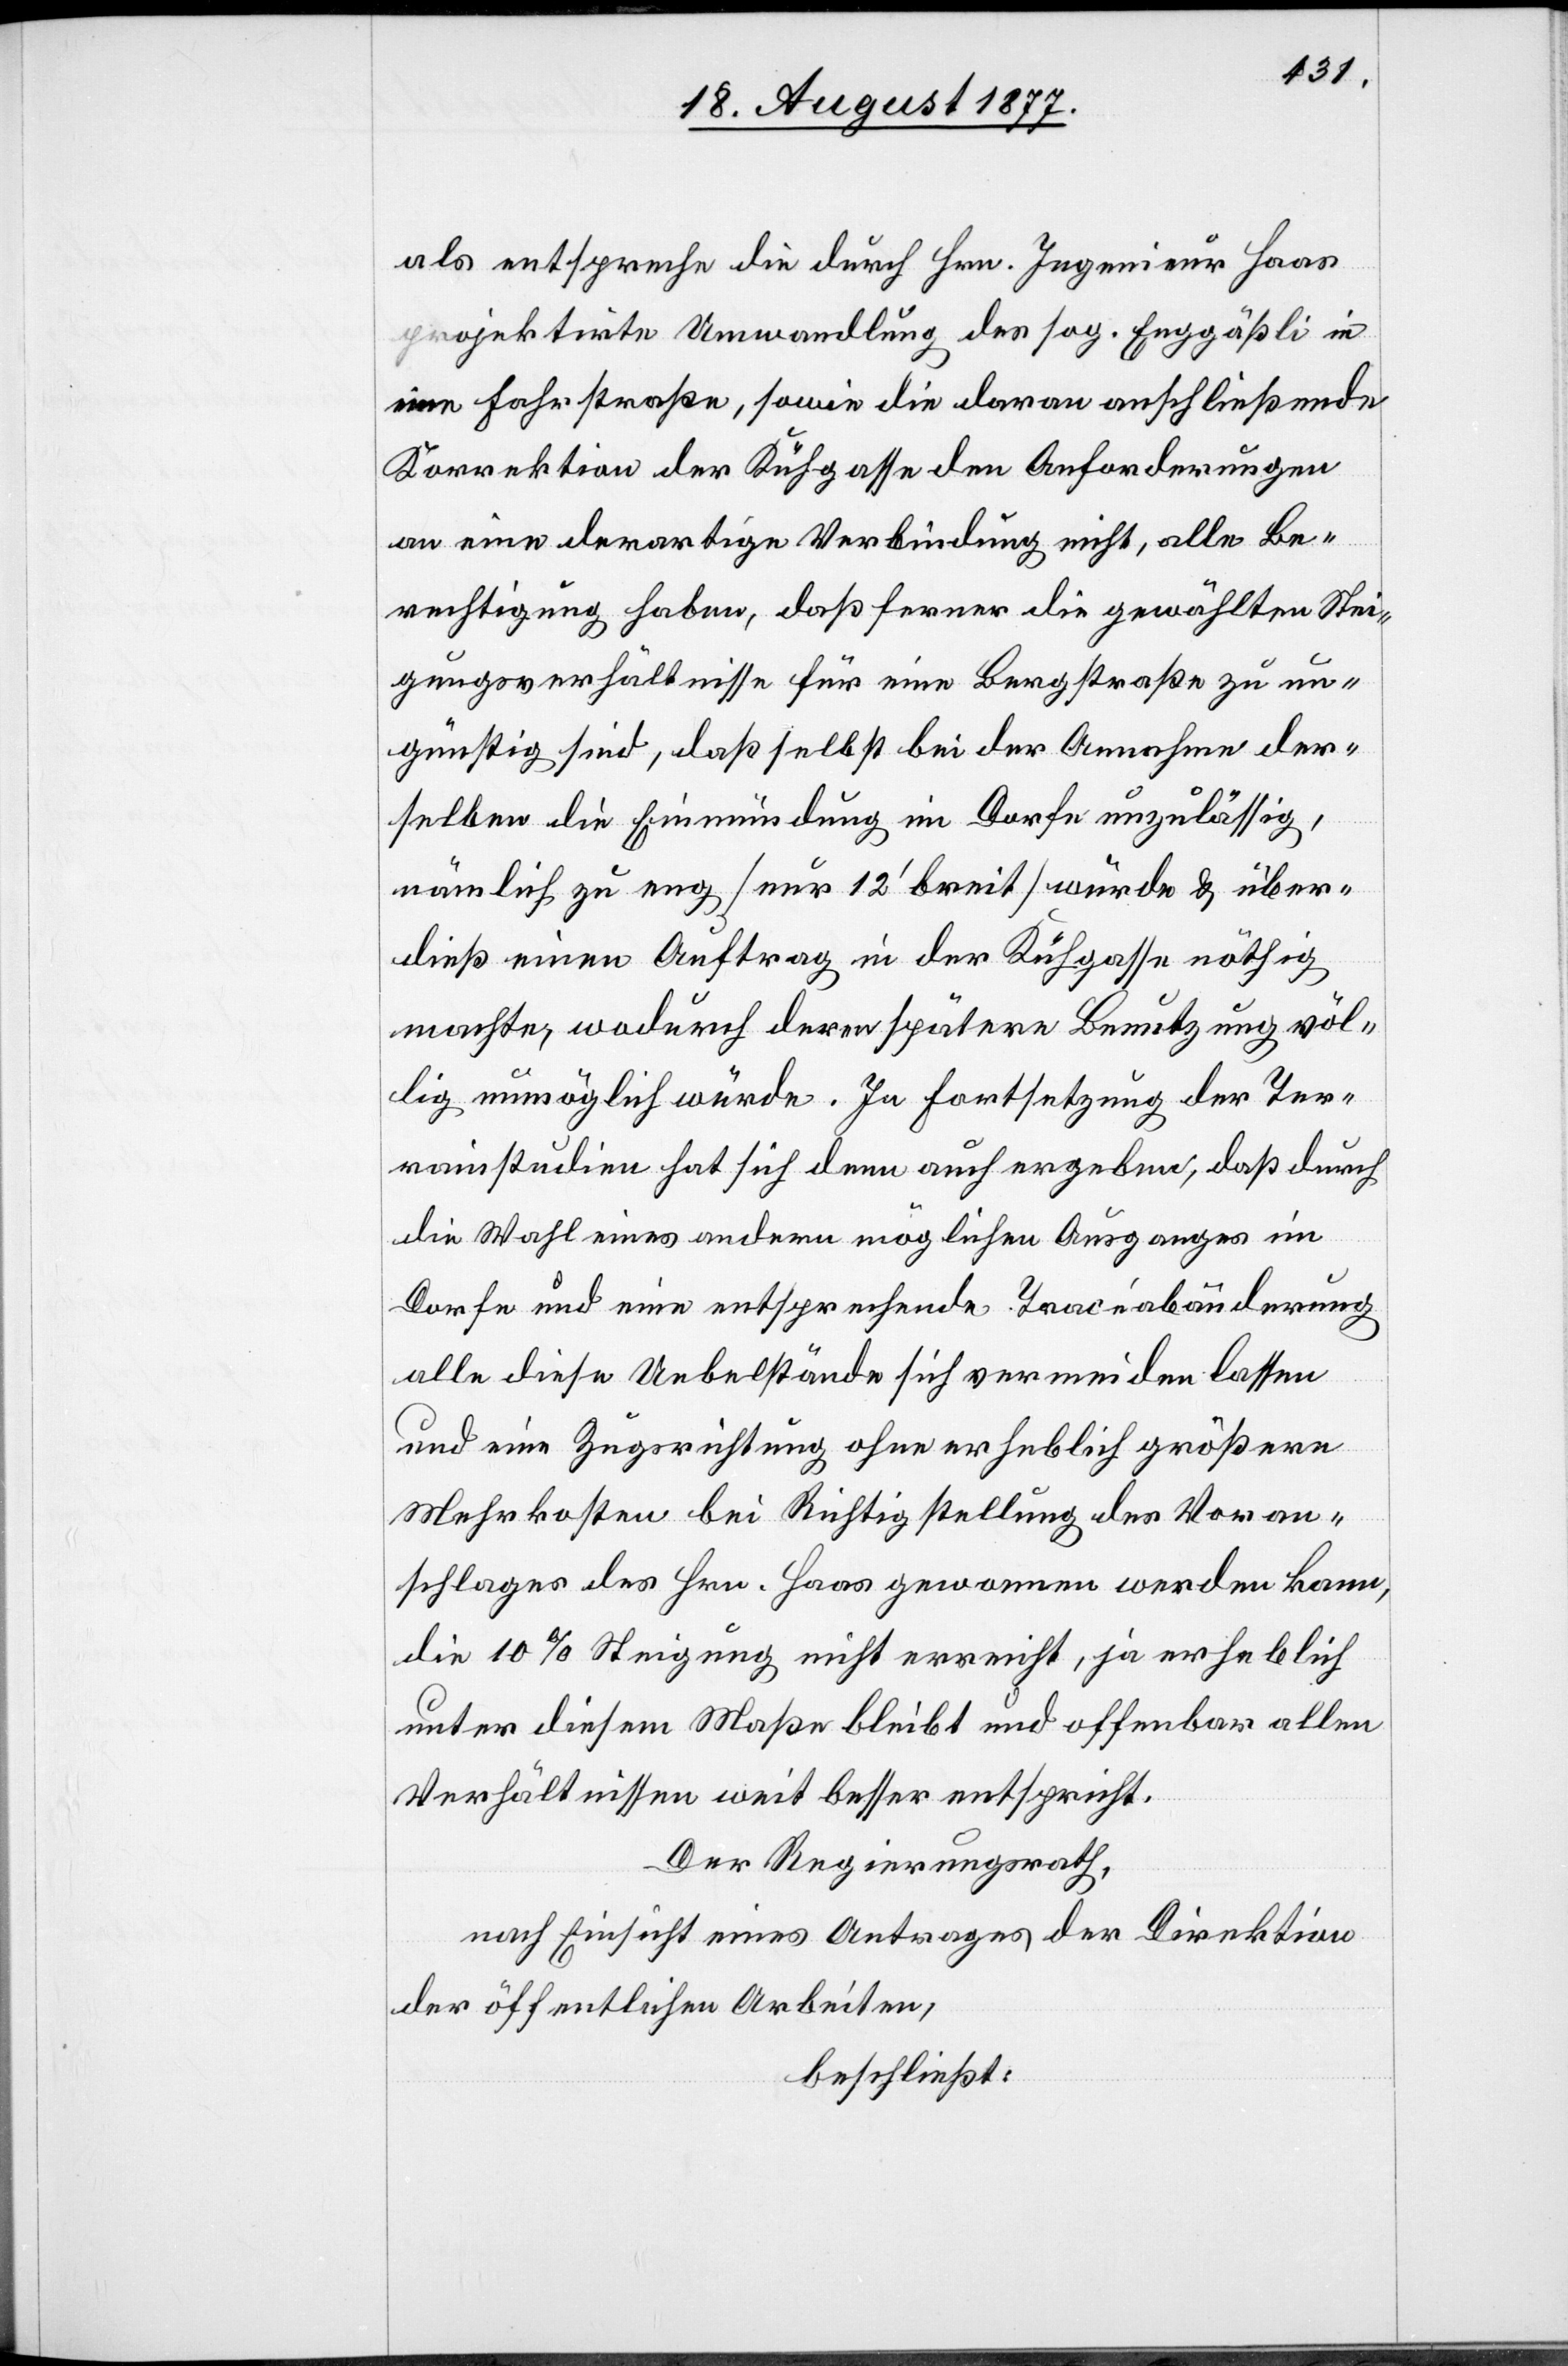
als entspreche die durch Hrn. Ingenieur Haas
projektirte Umwandlung des sog. Enggäßli in
eine Fahrstraße, sowie die daran anschließende
Korrektion der Kühgasse den Anforderungen
an eine derartige Verbindung nicht, alle Be¬
rechtigung haben, daß ferner die gewählten Stei¬
gungsverhältnisse für eine Bergstraße zu un¬
günstig sind, daß selbst bei der Annahme der¬
selben die Einmündung im Dorfe unzulässig,
nämlich zu eng [nur 12‘ breit] würde & über¬
dieß einen Auftrag in der Kühgasse nöthig
machte, wodurch deren spätere Benutzung völ¬
lig unmöglich würde. In Fortsetzung der Ter¬
rainstudien hat sich denn auch ergeben, daß durch
die Wahl eines andern möglichen Ausganges im
Dorfe und eine entsprechende Tracéabänderung
alle diese Uebelstände sich vermeiden lassen
und eine Zugsrichtung ohne erheblich größere
Mehrkosten bei Richtigstellung des Voran¬
schlages des Hrn. Haas gewonnen werden kann,
die 10% Steigung nicht erreicht, ja erheblich
unter diesem Maße bleibt und offenbar allen
Verhältnissen weit besser entspricht.
Der Regierungsrath,
nach Einsicht eines Antrages der Direktion
der öffentlichen Arbeiten,
beschließt: